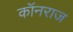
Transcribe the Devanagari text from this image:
कॉनराज